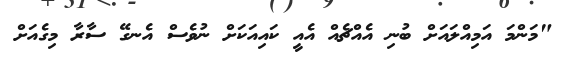
"މަންމަ އަމިއްލައަށް ބުނި އެއްޗެއް އެއީ ކައިއަކަށް ނުވެސް އެނގޭ ސާރާ މިގެއަށް